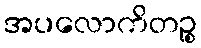
အပလောကိတဉ္စ